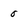
Character: O